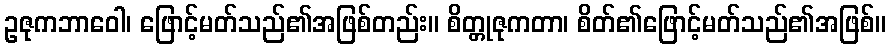
ဥဇုကဘာဝေါ၊ ဖြောင့်မတ်သည်၏အဖြစ်တည်း။ စိတ္တုဇုကတာ၊ စိတ်၏ဖြောင့်မတ်သည်၏အဖြစ်။